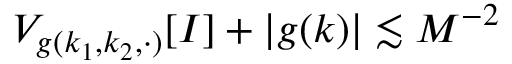
\begin{array} { r } { V _ { g ( k _ { 1 } , k _ { 2 } , \cdot ) } [ I ] + | g ( k ) | \lesssim M ^ { - 2 } } \end{array}